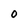
Character: 0